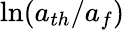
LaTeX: \ln({a_{th}}/{a_{f}})